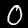
Label: 0